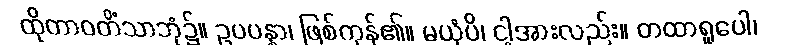
ထိုတာဝတိံသာဘုံ၌။ ဥပပန္နာ၊ ဖြစ်ကုန်၏။ မယှံပိ၊ ငါ့အားလည်း။ တထာရူပေါ၊